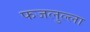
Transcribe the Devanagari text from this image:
फजलुल्ला